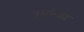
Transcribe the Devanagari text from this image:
उसकेवाद